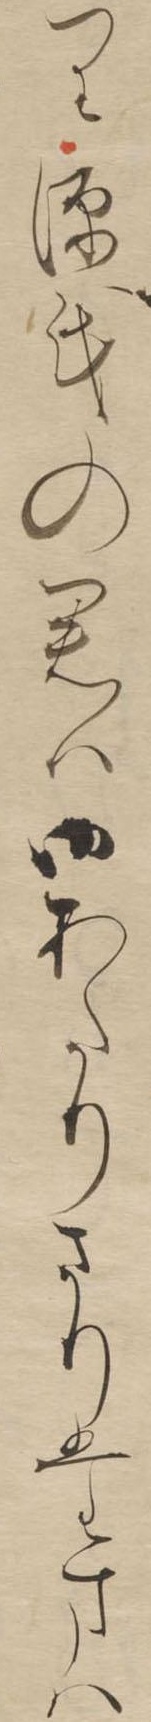
り源氏の君は御あたりさりたまは